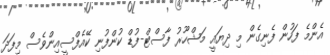
އެންމެ ފަހުން ފެނިގެން މި ދިޔައީ މަޝްހޫރު ފާސްޓް-ފުޑް ކުންފުނި ކޭއެފްސީއިންވެސް މިފަދަ